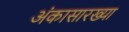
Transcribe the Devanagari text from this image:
अंकासारख्या